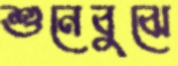
শুনেবুঝে